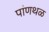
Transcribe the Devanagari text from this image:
पांणथळ